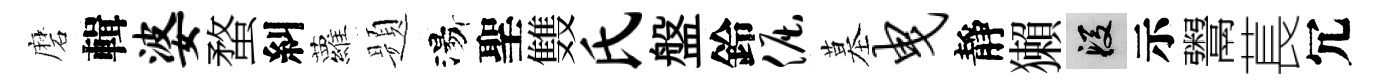
磨輯婆蝥糾蘿题湯聖䨇氏盤鈴倔墓曳靜獺段示鬻萇冗